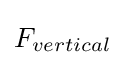
F_{vertical}